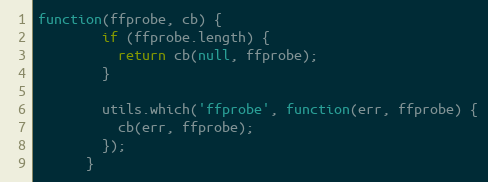
Language: JavaScript
function(ffprobe, cb) {
        if (ffprobe.length) {
          return cb(null, ffprobe);
        }

        utils.which('ffprobe', function(err, ffprobe) {
          cb(err, ffprobe);
        });
      }